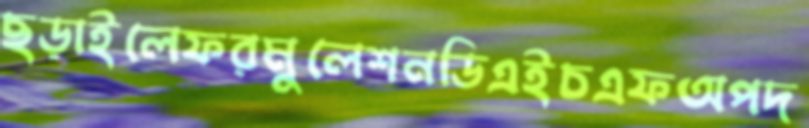
ছড়াইলেফরমুলেশনডিএইচএফঅপদ